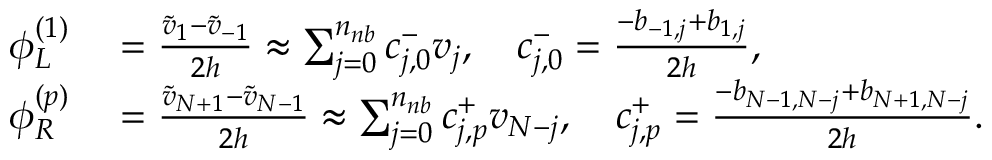
\begin{array} { r l } { \phi _ { L } ^ { ( 1 ) } } & { { } = \frac { \widetilde v _ { 1 } - \widetilde v _ { - 1 } } { 2 h } \approx \sum _ { j = 0 } ^ { n _ { n b } } c _ { j , 0 } ^ { - } v _ { j } , \quad c _ { j , 0 } ^ { - } = \frac { - { b } _ { - 1 , j } + { b } _ { 1 , j } } { 2 h } , } \\ { \phi _ { R } ^ { ( p ) } } & { { } = \frac { \widetilde v _ { N + 1 } - \widetilde v _ { N - 1 } } { 2 h } \approx \sum _ { j = 0 } ^ { n _ { n b } } c _ { j , p } ^ { + } v _ { N - j } , \quad c _ { j , p } ^ { + } = \frac { - { b } _ { N - 1 , N - j } + { b } _ { N + 1 , N - j } } { 2 h } . } \end{array}